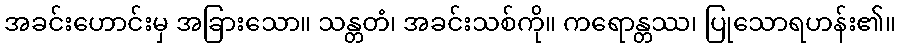
အခင်းဟောင်းမှ အခြားသော။ သန္တတံ၊ အခင်းသစ်ကို။ ကရောန္တဿ၊ ပြုသောရဟန်း၏။